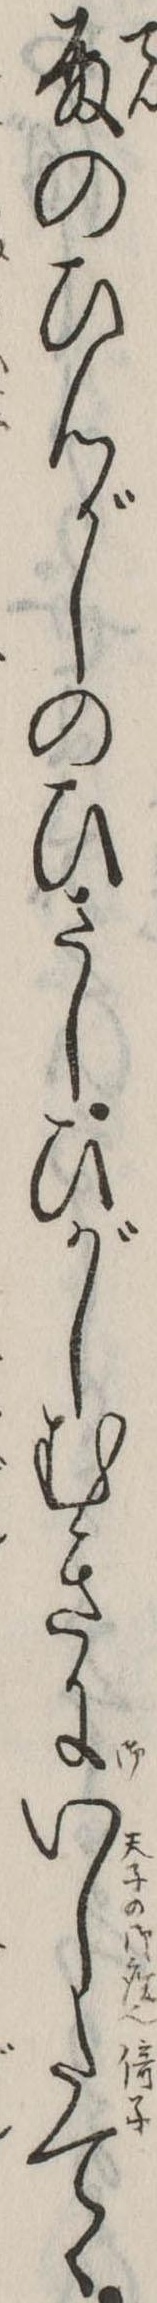
殿のひんがしのひさしひがしむきにいしたてゝ